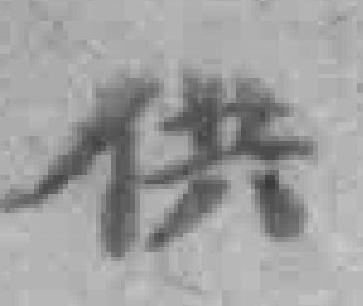
供